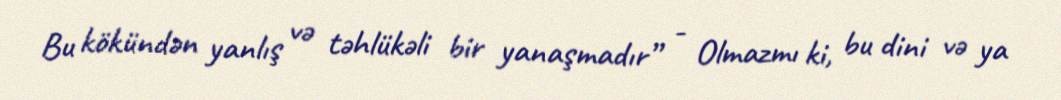
Bu kökündən yanlış və təhlükəli bir yanaşmadır” - Olmazmı ki, bu dini və ya